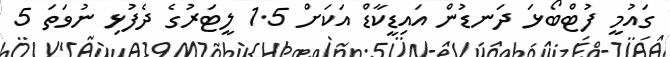
ގައުމީ ފުޓްބޯޅަ ދަނޑުން އައިޑީކާޑް އަކަށް 1.5 ލީޓަރުގެ ދެފުޅި ނުވަތަ 5